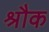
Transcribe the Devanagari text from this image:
श्रौक